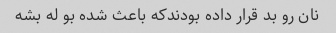
نان رو بد قرار داده بودندکه باعث شده بو له بشه